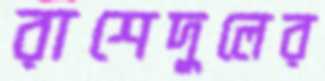
রাশেদুলের